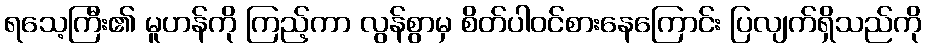
ရသေ့ကြီး၏ မူဟန်ကို ကြည့်ကာ လွန်စွာမှ စိတ်ပါဝင်စားနေကြောင်း ပြလျက်ရှိသည်ကို